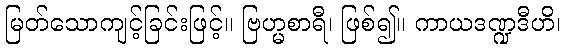
မြတ်သောကျင့်ခြင်းဖြင့်။ ဗြဟ္မစာရီ၊ ဖြစ်၍။ ကာယဒဏ္ဍဒီဟိ၊